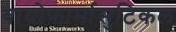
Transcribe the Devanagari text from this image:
बायोफार्मासुटिकल